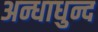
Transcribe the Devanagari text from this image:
अन्धाधुन्द